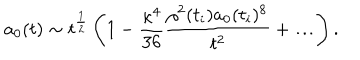
a _ { 0 } ( t ) \sim t ^ { \frac { 1 } { 2 } } \left( 1 - \frac { \kappa ^ { 4 } } { 3 6 } \frac { \rho ^ { 2 } ( t _ { i } ) a _ { 0 } ( t _ { i } ) ^ { 8 } } { t ^ { 2 } } + \ldots \right) .